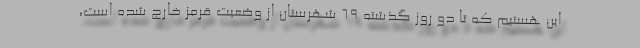
این هستیم که تا دو روز گذشته ۶۹ شهرستان از وضعیت قرمز خارج شده است،